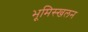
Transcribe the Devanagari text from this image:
भूमिस्खलन